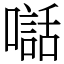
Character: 𫬃